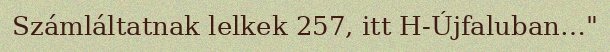
Számláltatnak lelkek 257, itt H-Újfaluban…"